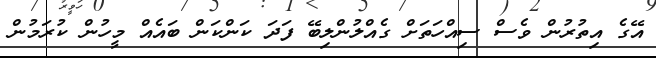
އޭގެ އިތުރުން ވެސް ސިއްހަތަށް ގެއްލުންލިބޭ ފަދަ ކަންކަން ބައެއް މީހުން ކުރަމުން